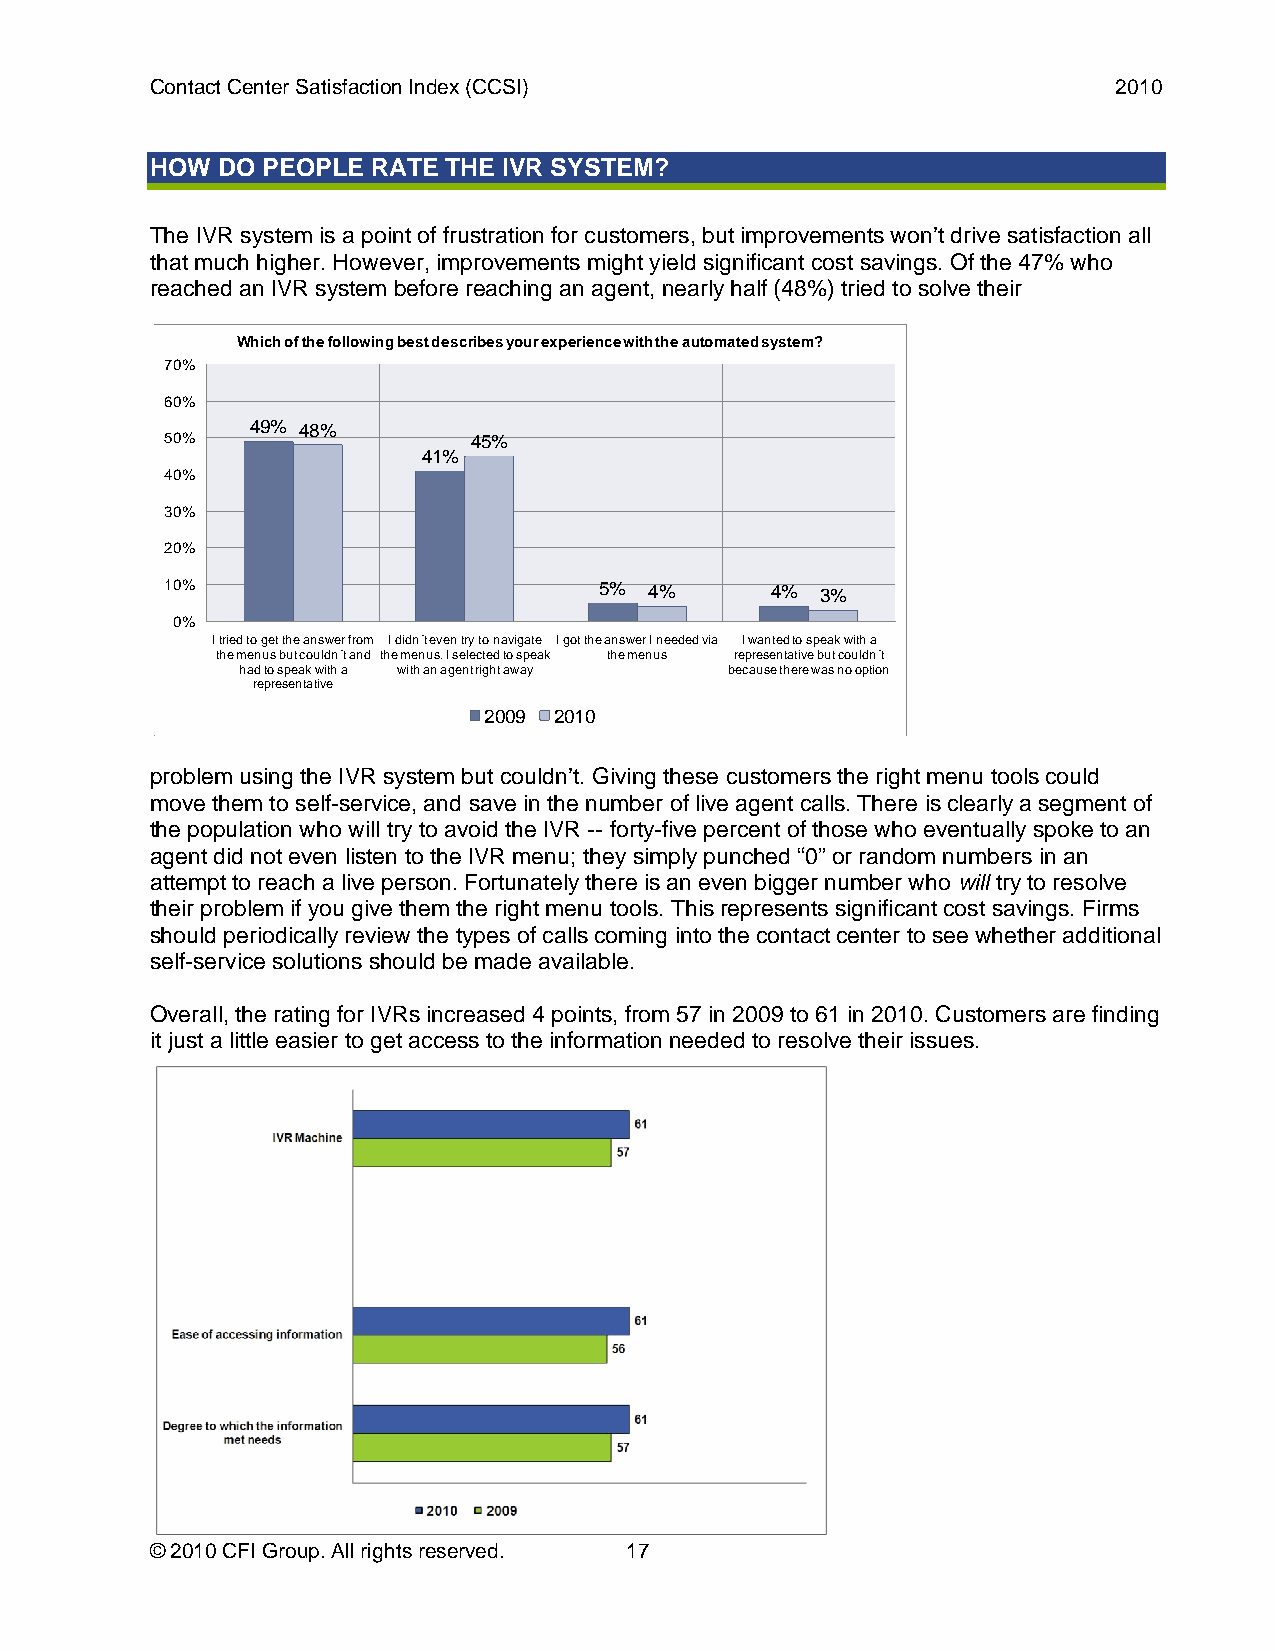
Contact Center Satisfaction Index (CCSI)                        2010
 HOW DO PEOPLE  RATE THE IVR SYSTEM?
 The IVR system is a point of frustration for customers, but improvements won’t drive satisfaction all
 that much higher. However, improvements might yield significant cost savings. Of the 47% who
 reached an IVR system before reaching an agent, nearly half (48%) tried to solve their
 Which of the following best describes your experience with the automated system?
 70%
 60%
 49% 48%
 50%                 45%
 41%
 40%
 30%
 20%
 10%                          5% 4%      4% 3%
 0%
 I tried to get the answer from I didn´t even try to navigate I got the answer I needed via I wanted to speak with a
 the menus but couldn´t and the menus. I selected to speak the menus representative but couldn´t
 had to speak with a with an agent right away because there was no option
 representative
 2009 2010
 problem using the IVR system but couldn’t. Giving these customers the right menu tools could
 move them to self-service, and save in the number of live agent calls. There is clearly a segment of
 the population who will try to avoid the IVR -- forty-five percent of those who eventually spoke to an
 agent did not even listen to the IVR menu; they simply punched “0” or random numbers in an
 attempt to reach a live person. Fortunately there is an even bigger number who will try to resolve
 their problem if you give them the right menu tools. This represents significant cost savings. Firms
 should periodically review the types of calls coming into the contact center to see whether additional
 self-service solutions should be made available.
 Overall, the rating for IVRs increased 4 points, from 57 in 2009 to 61 in 2010. Customers are finding
 it just a little easier to get access to the information needed to resolve their issues.
 © 2010 CFI Group. All rights reserved. 17